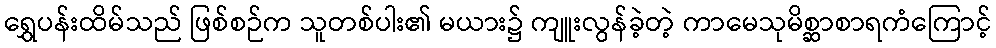
ရွှေပန်းထိမ်သည် ဖြစ်စဉ်က သူတစ်ပါး၏ မယား၌ ကျူးလွန်ခဲ့တဲ့ ကာမေသုမိစ္ဆာစာရကံကြောင့်